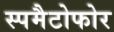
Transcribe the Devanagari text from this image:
स्पमैटोफोर